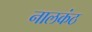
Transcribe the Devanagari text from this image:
नालकंठ